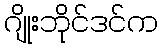
ဂျိုးဘိုင်ဒင်က